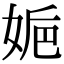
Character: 𡜮